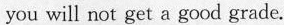
you will not get a good grade.